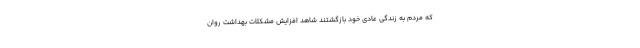
که مردم به زندگی عادی خود بازگشتند شاهد افزایش مشکلات بهداشت روان